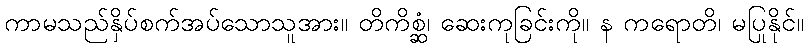
ကာမသည်နှိပ်စက်အပ်သောသူအား။ တိကိစ္ဆံ၊ ဆေးကုခြင်းကို။ န ကရောတိ၊ မပြုနိုင်။